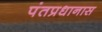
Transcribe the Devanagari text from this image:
पंतप्रधानास